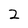
Character: 2